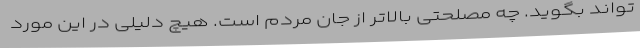
تواند بگوید. چه مصلحتی بالاتر از جان مردم است. هیچ دلیلی در این مورد